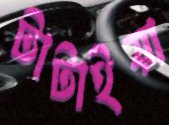
টাটাইয়া